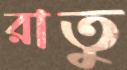
রাতু